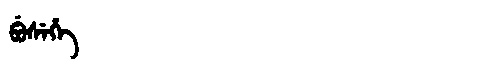
Manchu: ᠪᡠᠰᡝᡥᡝ
Romanization: BUSEHE